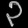
Digit: ၃